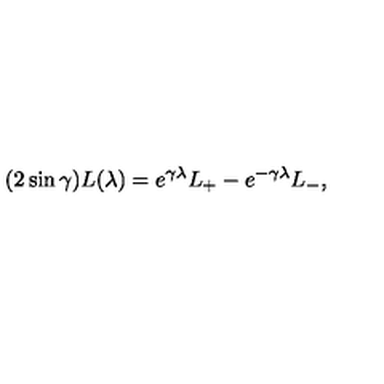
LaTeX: ( 2 \sin \gamma ) L ( \lambda ) = e ^ { \gamma \lambda } L _ { + } - e ^ { - \gamma \lambda } L _ { - } ,